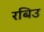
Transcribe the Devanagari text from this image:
रबिउ